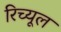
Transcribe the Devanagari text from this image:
रिच्यूल